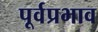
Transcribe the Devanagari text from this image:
पूर्वप्रभाव